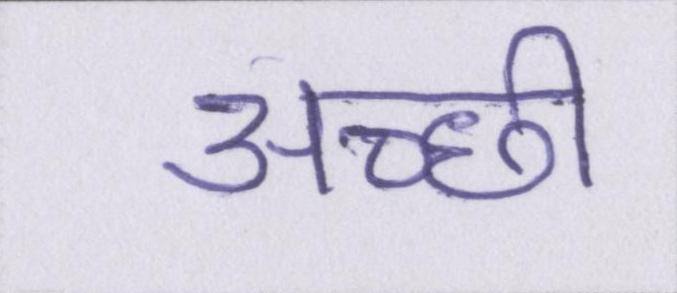
अच्छी